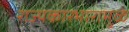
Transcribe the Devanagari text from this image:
राज्यकारभारामुळे